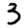
Digit: 3